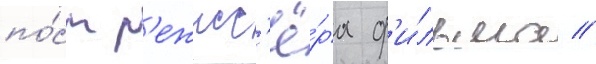
по́ст р'ежисс'ё́ра ф'и́льма //